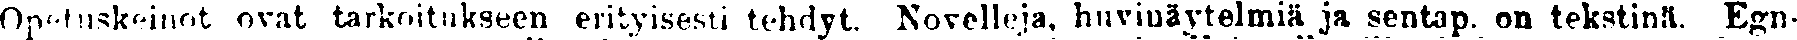
Opetuskeinot ovat tarkoitukseen erityisesti tehdyt. Novelleja, huvinäytelmiä ja sentap. on tekstinä. Egn-